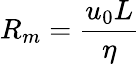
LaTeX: R_{m}=\frac{u_{0}L}{\eta}